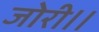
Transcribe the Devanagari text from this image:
जोरी।।